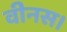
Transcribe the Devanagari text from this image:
वीनस।